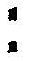
: